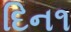
દિન૧